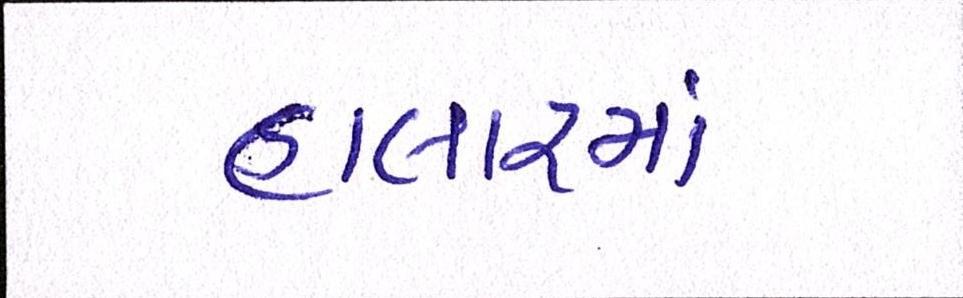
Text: હાલારમાં